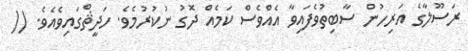
ރަސޫލާގެ އަރިހުން ސާބިތުވެފައިވާ އެއްވެސް ކަމެއް ދޮގު ނުކުރުމެވެ. ހަދީޘްގައިވެއެވެ. ((